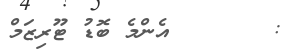
:       އެންމެ ބޮޑު ޓޫރިޒަމް